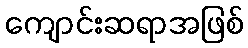
ကျောင်းဆရာအဖြစ်